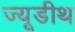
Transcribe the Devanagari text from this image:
ज्यूडीथ